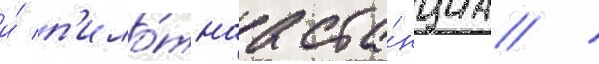
и́ п'ило́тнаа ста́нциа /